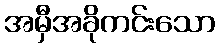
အမှီအခိုကင်းသော